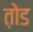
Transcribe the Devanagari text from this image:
त़ोड